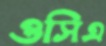
ওসিএ